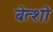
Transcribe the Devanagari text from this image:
बेत्शो